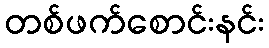
တစ်ဖက်စောင်းနင်း